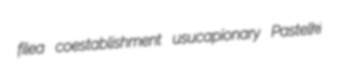
filea coestablishment usucapionary Pastelki